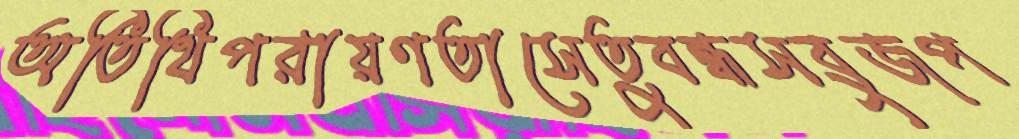
অতিথিপরায়ণতাসেতুবন্ধসবুজপ